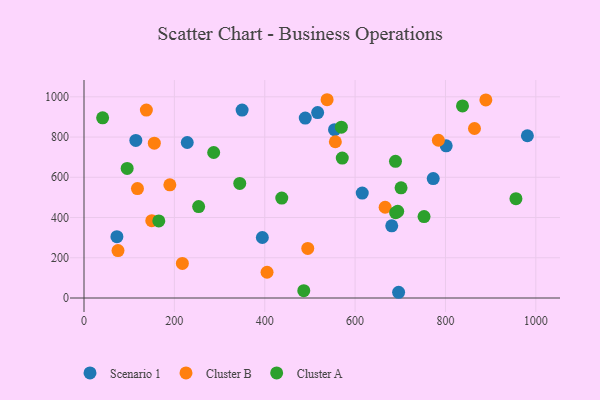
{"axis": {"x": "Engine Size", "y": "Fuel Efficiency"}, "legend": ["Cluster A", "Cluster B", "Scenario 1"], "data": [{"x": "554.5", "y": 836.5, "type": "Scenario 1"}, {"x": "517.1", "y": 921.4, "type": "Scenario 1"}, {"x": "772.9", "y": 593.7, "type": "Scenario 1"}, {"x": "228.5", "y": 772.9, "type": "Scenario 1"}, {"x": "114.7", "y": 783.0, "type": "Scenario 1"}, {"x": "394.7", "y": 300.7, "type": "Scenario 1"}, {"x": "349.9", "y": 934.3, "type": "Scenario 1"}, {"x": "801.6", "y": 756.3, "type": "Scenario 1"}, {"x": "72.8", "y": 304.8, "type": "Scenario 1"}, {"x": "615.8", "y": 521.5, "type": "Scenario 1"}, {"x": "696.3", "y": 28.5, "type": "Scenario 1"}, {"x": "681.1", "y": 358.8, "type": "Scenario 1"}, {"x": "489.7", "y": 894.4, "type": "Scenario 1"}, {"x": "981.3", "y": 806.5, "type": "Scenario 1"}, {"x": "666.5", "y": 451.1, "type": "Cluster B"}, {"x": "190.0", "y": 562.5, "type": "Cluster B"}, {"x": "217.7", "y": 171.7, "type": "Cluster B"}, {"x": "75.2", "y": 236.0, "type": "Cluster B"}, {"x": "150.0", "y": 384.4, "type": "Cluster B"}, {"x": "155.6", "y": 769.6, "type": "Cluster B"}, {"x": "889.4", "y": 984.4, "type": "Cluster B"}, {"x": "495.2", "y": 246.2, "type": "Cluster B"}, {"x": "138.0", "y": 934.3, "type": "Cluster B"}, {"x": "784.3", "y": 784.1, "type": "Cluster B"}, {"x": "864.2", "y": 842.5, "type": "Cluster B"}, {"x": "405.1", "y": 128.1, "type": "Cluster B"}, {"x": "538.0", "y": 985.5, "type": "Cluster B"}, {"x": "556.3", "y": 776.6, "type": "Cluster B"}, {"x": "118.3", "y": 544.0, "type": "Cluster B"}, {"x": "752.6", "y": 404.6, "type": "Cluster A"}, {"x": "253.7", "y": 454.4, "type": "Cluster A"}, {"x": "287.0", "y": 723.2, "type": "Cluster A"}, {"x": "956.0", "y": 493.7, "type": "Cluster A"}, {"x": "486.4", "y": 36.5, "type": "Cluster A"}, {"x": "41.2", "y": 895.3, "type": "Cluster A"}, {"x": "569.6", "y": 849.2, "type": "Cluster A"}, {"x": "344.7", "y": 569.4, "type": "Cluster A"}, {"x": "571.6", "y": 695.6, "type": "Cluster A"}, {"x": "689.7", "y": 424.3, "type": "Cluster A"}, {"x": "95.5", "y": 644.2, "type": "Cluster A"}, {"x": "694.3", "y": 430.8, "type": "Cluster A"}, {"x": "689.4", "y": 679.5, "type": "Cluster A"}, {"x": "701.7", "y": 547.6, "type": "Cluster A"}, {"x": "165.5", "y": 383.0, "type": "Cluster A"}, {"x": "437.7", "y": 496.7, "type": "Cluster A"}, {"x": "837.7", "y": 954.6, "type": "Cluster A"}]}